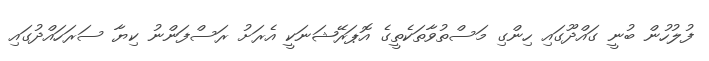
ފުލުހުން ބުނީ ގައްދޫގައި ހިންގި މަސްތުވާތަކެތީގެ އޮޕަރޭޝަނަކީ އެރަށު ރަސްފަންނު ކިޔާ ސަރަހައްދުގައި